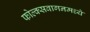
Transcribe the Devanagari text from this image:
फोल्क्सवागनमध्ये